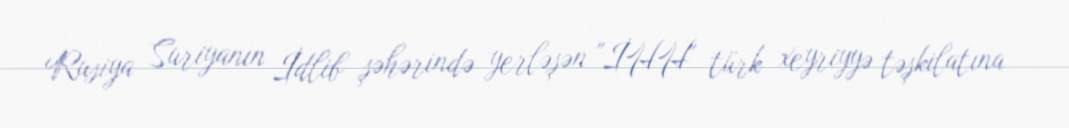
Rusiya Suriyanın İdlib şəhərində yerləşən "İHH" türk xeyriyyə təşkilatına